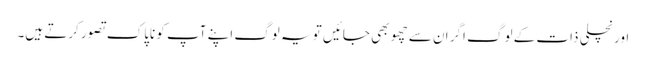
اور نچلی ذات کے لوگ اگر ان سے چھو بھی جائیں تو یہ لوگ اپنے آپ کو ناپاک تصور کرتے ہیں۔